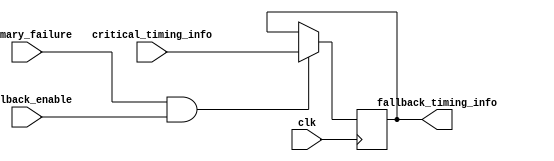
module Fallback_Bypass_Register (
    input wire [31:0] critical_timing_info,
    input wire primary_failure,
    input wire fallback_enable,
    input wire clk,
    output reg [31:0] fallback_timing_info
);

always @(posedge clk) begin
    if (primary_failure && fallback_enable) begin
        fallback_timing_info <= critical_timing_info;
    end
end

endmodule